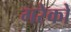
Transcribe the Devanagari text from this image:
गरेको